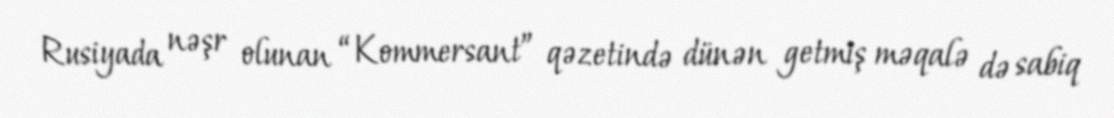
Rusiyada nəşr olunan “Kommersant” qəzetində dünən getmiş məqalə də sabiq